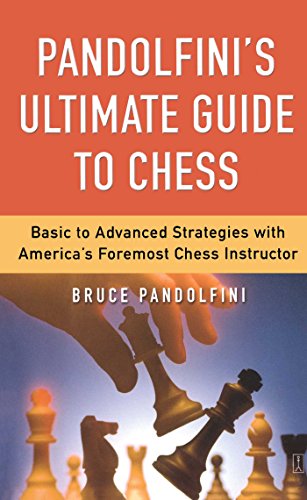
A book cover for Pandolfini's Ultimate Guide to Chess: Basic to Advanced Strategies with America's Foremost Chess Instructor; Bruce Pandolfini; Humor & Entertainment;